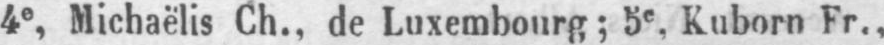
4e, Michaëlis Ch., de Luxembourg; 5e. Kuborn Fr.,